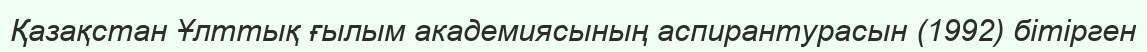
Қазақстан Ұлттық ғылым академиясының аспирантурасын (1992) бітірген